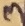
Text: 3